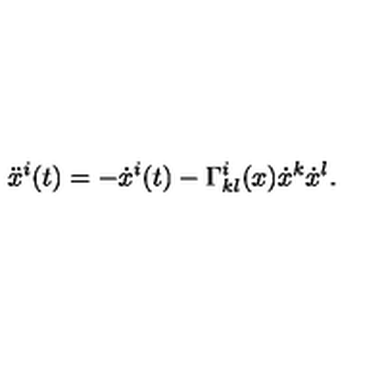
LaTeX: \ddot { x } ^ { i } ( t ) = - \dot { x } ^ { i } ( t ) - \Gamma _ { k l } ^ { i } ( x ) \dot { x } ^ { k } \dot { x } ^ { l } .